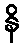
နိ